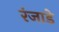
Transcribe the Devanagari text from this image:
रंजाडे